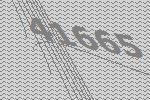
41665